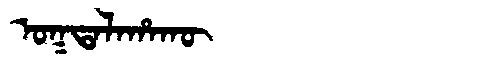
Manchu: ᠣᡴᡨᠠᠯᠠᡥᠠᡴᡡ
Romanization: OKTALAHAKŪ